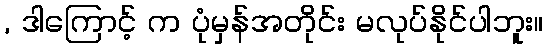
, ဒါကြောင့် က ပုံမှန်အတိုင်း မလုပ်နိုင်ပါဘူး။